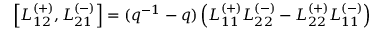
\left[ L _ { 1 2 } ^ { ( + ) } , L _ { 2 1 } ^ { ( - ) } \right] = ( q ^ { - 1 } - q ) \left( L _ { 1 1 } ^ { ( + ) } L _ { 2 2 } ^ { ( - ) } - L _ { 2 2 } ^ { ( + ) } L _ { 1 1 } ^ { ( - ) } \right)